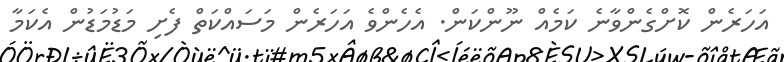
އަހަރެން ކޮށްގެންވާނެ ކަމެއް ނޫންކަން. އެހެންވެ އަހަރެން މަސައްކަތް ފެށި މަޑުމަޑުން އެކަމާ